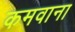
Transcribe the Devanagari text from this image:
कमवाना